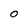
Character: O